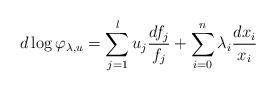
LaTeX: \begin{align*}d\log \varphi_{\lambda, u } = \sum_{j=1}^{l} u_j \frac{df_j}{f_j} + \sum_{i=0}^{n} \lambda_i \frac{dx_i}{x_i}\end{align*}